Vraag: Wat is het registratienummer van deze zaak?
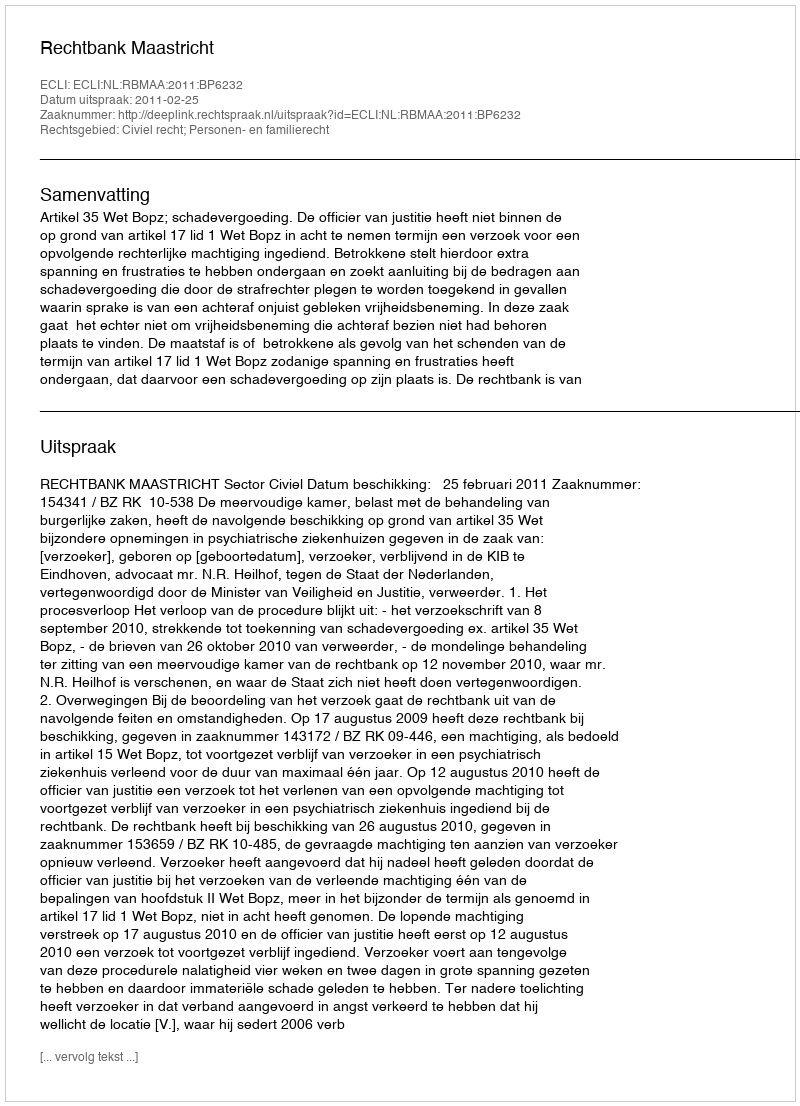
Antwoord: http://deeplink.rechtspraak.nl/uitspraak?id=ECLI:NL:RBMAA:2011:BP6232